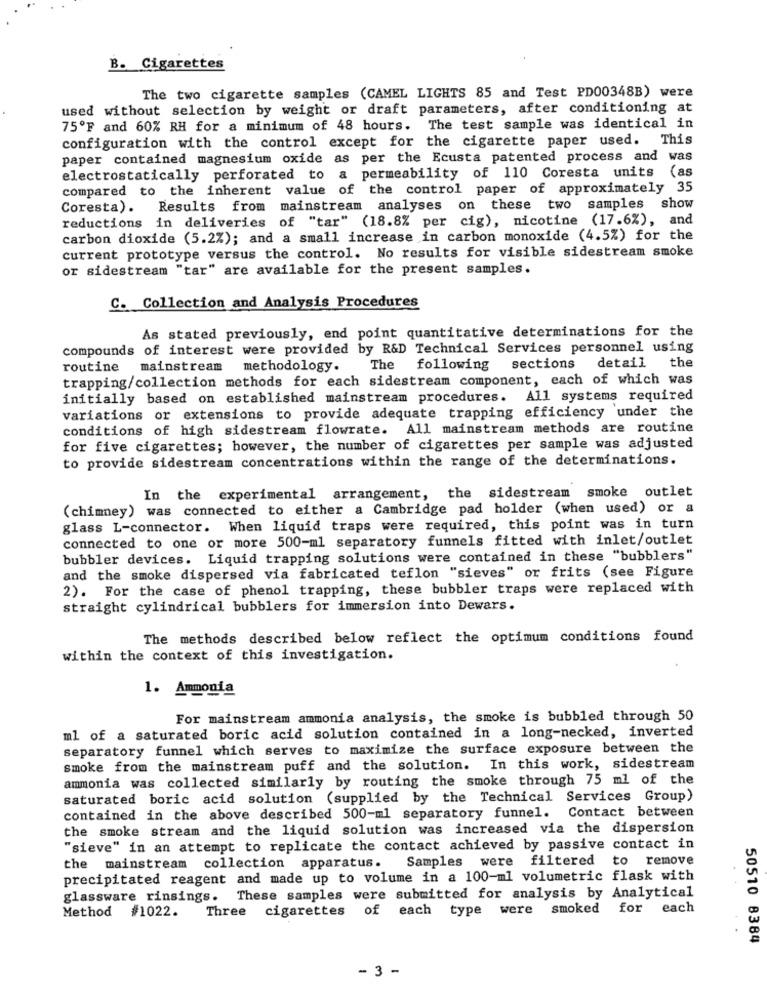
B. Cigarettes
The two cigarette samples (CAMEL LIGHTS 85 and Test PD00348B) were
used without selection by weight or draft parameters, after conditioning at
75ºF and 60% RH for a minimum of 48 hours. The test sample was identical in
configuration with the control except for the cigarette paper used. This
paper contained magnesium oxide as per the Ecusta patented process and was
electrostatically perforated to
a permeability of 110 Coresta units (as
compared to the inherent value of the control paper of approximately 35
Coresta).
Results from mainstream analyses on these two samples show
reductions in deliveries of "tar" (18.8% per cig), nicotine (17.6%), and
carbon dioxide (5.2%); and a small increase in carbon monoxide (4.5%) for the
current prototype versus the control. No results for visible sidestream smoke
or sidestream "tar" are available for the present samples.
C. Collection and Analysis Procedures
As stated previously, end point quantitative determinations for the
compounds of interest were provided by R&D Technical Services personnel using
routine
mainstream
methodology.
The following
sections
detail the
trapping/collection methods for each sidestream component, each of which was
initially based on established mainstream procedures. All systems required
variations or extensions to provide adequate trapping efficiency under the
conditions of high sidestream flowrate. All mainstream methods are routine
for five cigarettes; however, the number of cigarettes per sample was adjusted
to provide sidestream concentrations within the range of the determinations.
smoke outlet
In the experimental arrangement,
the sidestream
(chimney) was connected to either a Cambridge pad holder (when used) or a
glass L-connector. When liquid traps were required, this point was in turn
connected to one or more 500-ml separatory funnels fitted with inlet/outlet
bubbler devices. Liquid trapping solutions were contained in these "bubblers"
and the smoke dispersed via fabricated teflon "sieves" or frits (see Figure
2). For the case of phenol trapping, these bubbler traps were replaced with
straight cylindrical bubblers for immersion into Dewars.
The methods described below reflect the optimum conditions found
within the context of this investigation.
1. Ammonia
For mainstream ammonia analysis, the smoke is bubbled through 50
ml of a saturated boric acid solution contained in a long-necked, inverted
separatory funnel which serves to maximize the surface exposure between the
smoke from the mainstream puff and the solution. In this work, sidestream
ammonia was collected similarly by routing the smoke through 75 ml of the
saturated boric acid solution (supplied by the Technical Services Group)
contained in the above described 500-ml separatory funnel. Contact between
the smoke stream and the liquid solution was increased via the dispersion
"sieve" in an attempt to replicate the contact achieved by passive contact in
Samples were filtered t
o remove
the mainstream collection apparatus.
precipitated reagent and made up to volume in a 100-ml volumetric flask with
glassware rinsings.
These samples were submitted for analysis by Analytical
Three cigarettes of each type were
smoked
for each
Method #1022.
50510 8384
- 3 -